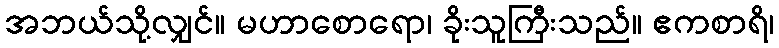
အဘယ်သို့လျှင်။ မဟာစောရော၊ ခိုးသူကြီးသည်။ ဧကစာရိ၊